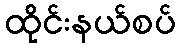
ထိုင်းနယ်စပ်